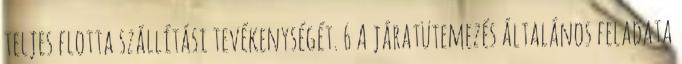
teljes flotta szállítási tevékenységét. 6 A járatütemezés általános feladata